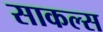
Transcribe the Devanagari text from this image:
साकल्स